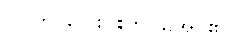
-- ဤ လေးပါးကို သိအပ်၏။